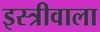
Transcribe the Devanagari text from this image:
इस्त्रीवाला